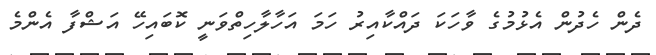
ދެން ހެދުން އެޅުމުގެ ވާހަކަ ދައްކާއިރު ހަމަ އަހާލާހިތްވަނީ ކޮބައިހޭ އަޝްފާ އެންމެ